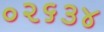
૦૨૬૩૪